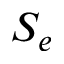
S _ { e }